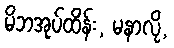
မိဘအုပ်ထိန်း, မနာလို,